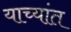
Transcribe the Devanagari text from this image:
याच्यांत